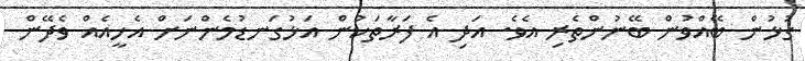
ގުޅުން ބޭއްވުން ބޭނުންތެރި އެވެ. އަދި އެ ފަރާތަކުން އަޅުގަނޑުމެންނަށް އެހީއެއް ވެދޭން